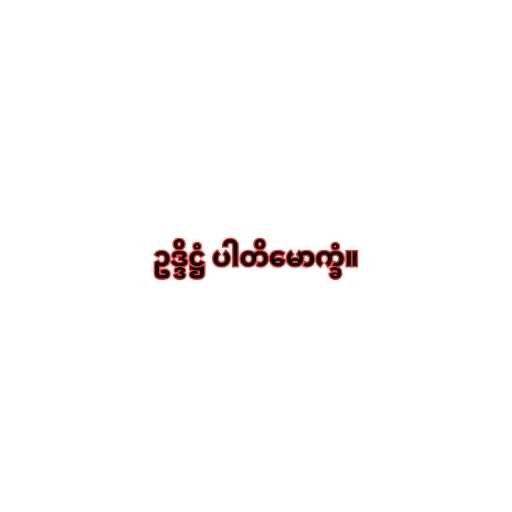
ဥဒ္ဒိဋ္ဌံ ပါတိမောက္ခံ။